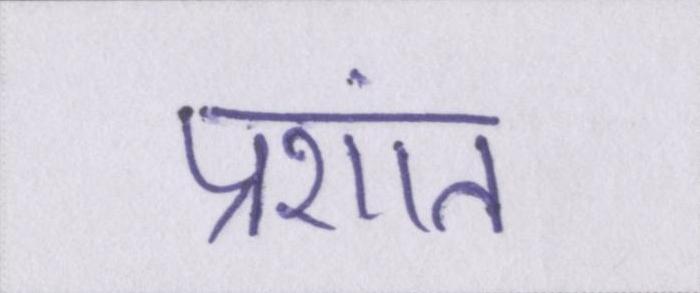
प्रशांत